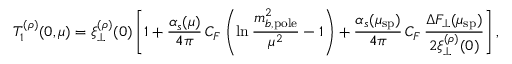
T _ { 1 } ^ { ( \rho ) } ( 0 , \mu ) = \xi _ { \perp } ^ { ( \rho ) } ( 0 ) \left[ 1 + \frac { \alpha _ { s } ( \mu ) } { 4 \pi } \, C _ { F } \left( \ln \frac { m _ { b , \mathrm { p o l e } } ^ { 2 } } { \mu ^ { 2 } } - 1 \right) + \frac { \alpha _ { s } ( \mu _ { \mathrm { s p } } ) } { 4 \pi } \, C _ { F } \, \frac { \Delta F _ { \perp } ( \mu _ { \mathrm { s p } } ) } { 2 \xi _ { \perp } ^ { ( \rho ) } ( 0 ) } \right] ,